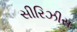
સીરિઝીસ